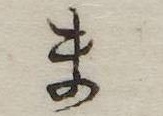
ま